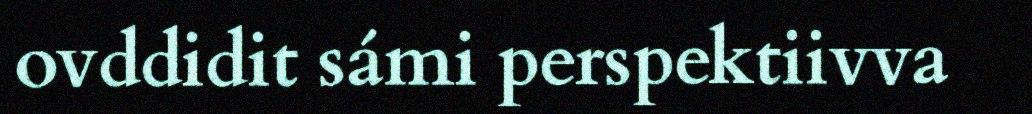
ovddidit sámi perspektiivva